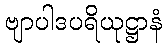
ဗျာပါဒပရိယုဋ္ဌာနံ